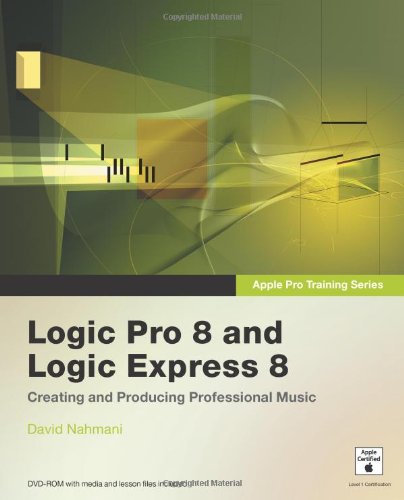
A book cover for Apple Pro Training Series: Logic Pro 8 and Logic Express 8; David Nahmani; Computers & Technology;